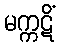
မက္ကဋိံ